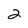
Character: 2